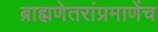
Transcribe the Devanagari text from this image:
ब्राह्मणेतरांप्रमाणेंच